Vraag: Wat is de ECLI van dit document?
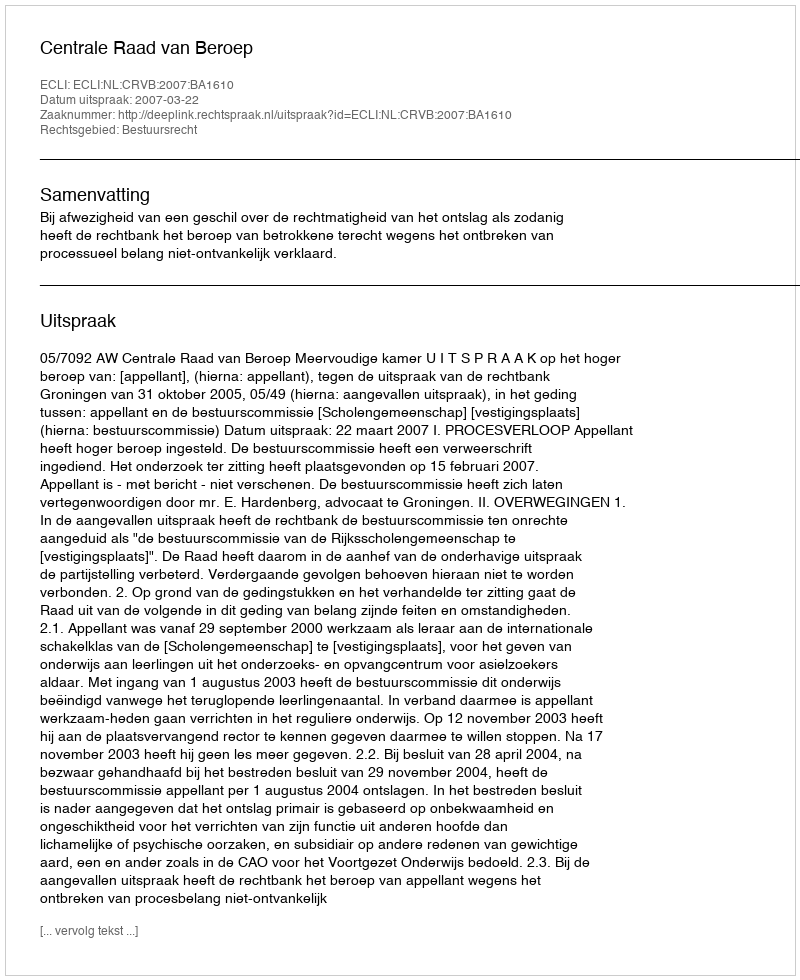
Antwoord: ECLI:NL:CRVB:2007:BA1610